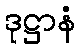
ဒုဋ္ဌာနံ